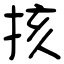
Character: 㧡